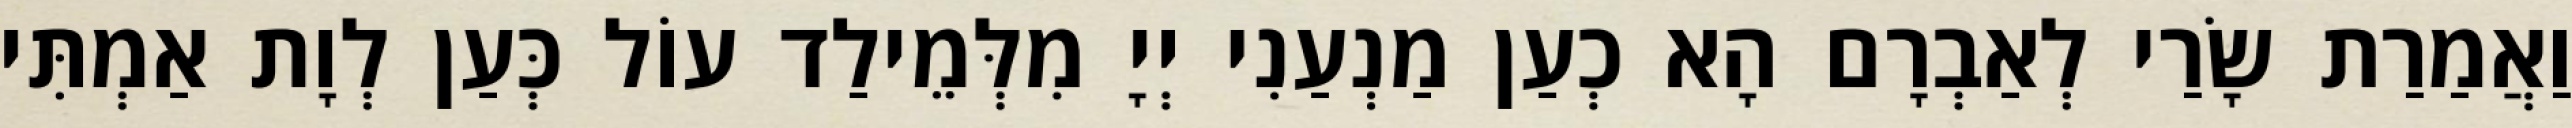
וַאֲמַרַת שָׂרַי לְאַבְרָם הָא כְעַן מַנְעַנִי יְיָ מִלְּמֵילַד עוֹל כְּעַן לְוָת אַמְתִּי